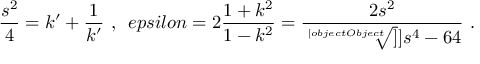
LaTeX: \frac { s ^ { 2 } } { 4 } = k ^ { \prime } + \frac { 1 } { k ^ { \prime } } \ , \ \, e p s i l o n = 2 \frac { 1 + k ^ { 2 } } { 1 - k ^ { 2 } } = \frac { 2 s ^ { 2 } } { \sqrt [ [object Object] ] ] { s ^ { 4 } - 6 4 } } \ .